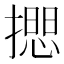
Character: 𢵃